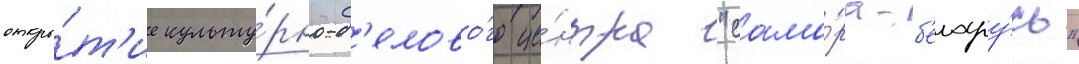
откры́т'ие культу́рно-д'елово́го це́нтра "сама́ра-б'елару́сь"